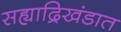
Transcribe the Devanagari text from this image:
सह्याद्रिखंडात